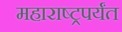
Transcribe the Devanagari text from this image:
महाराष्ट्रपर्यंत